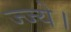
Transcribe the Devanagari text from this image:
ज्ज्ये।